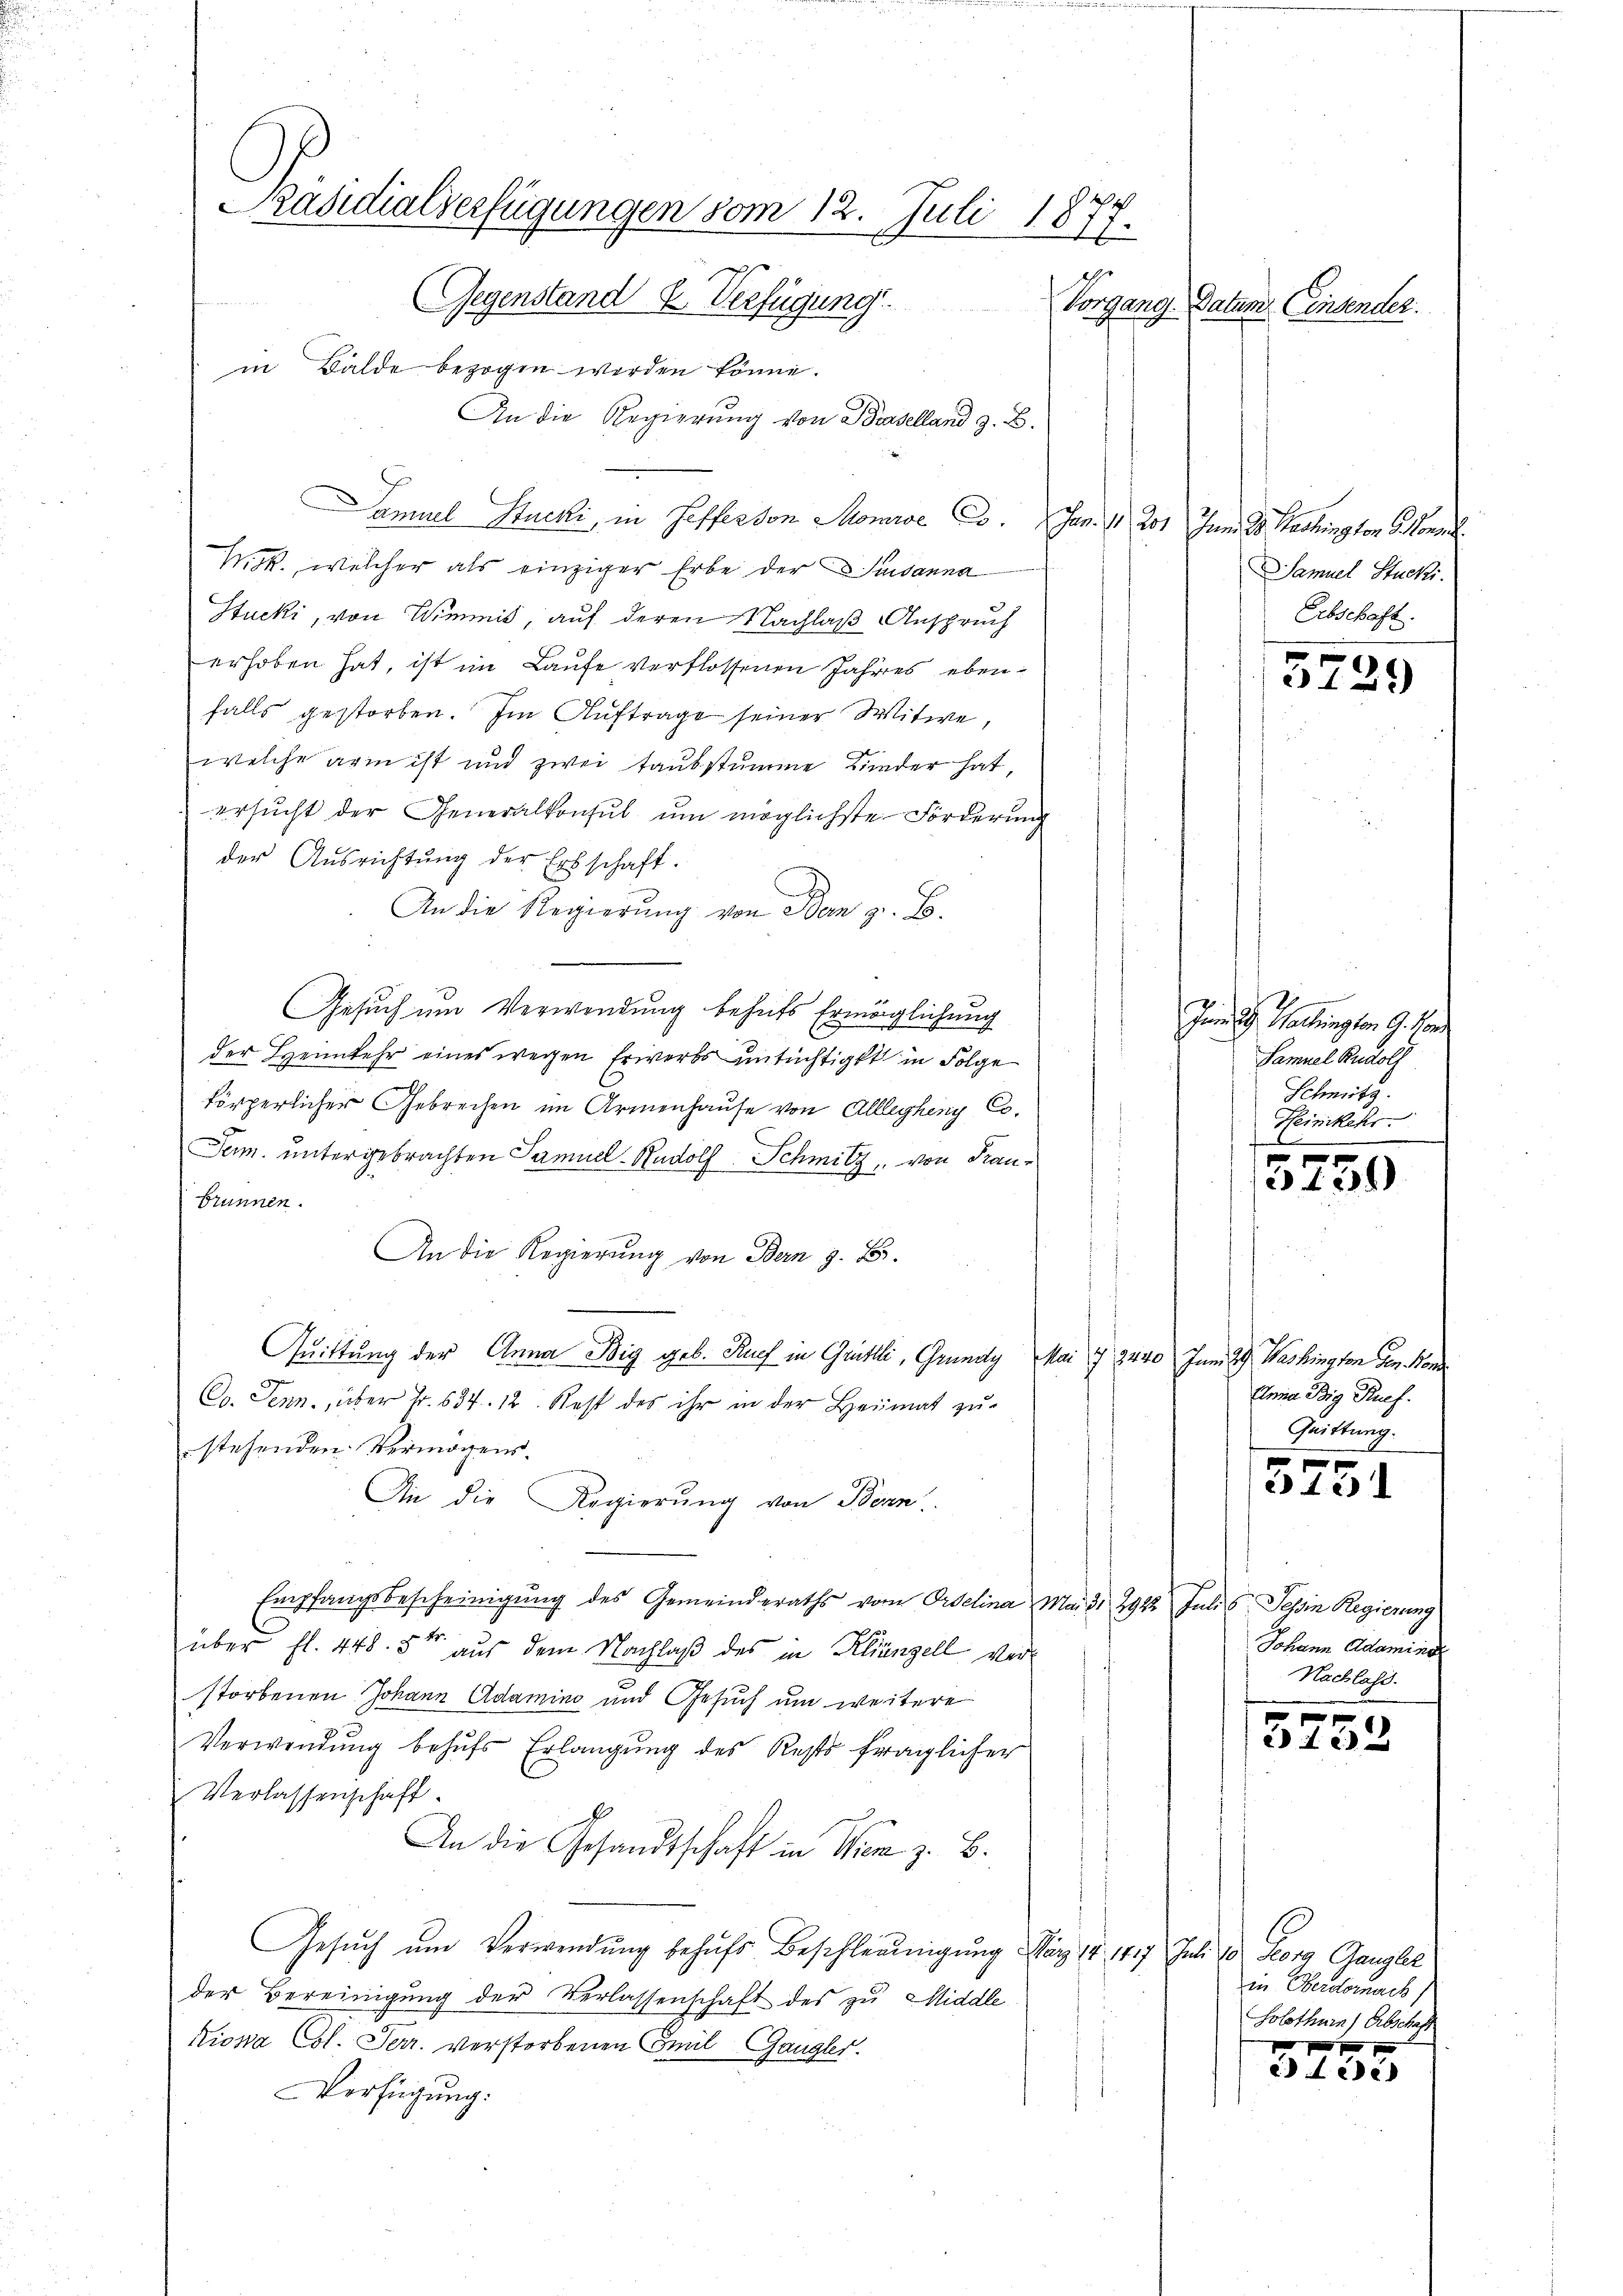
Präsidialverfügungen vom 12. Juli 1877.
Gegenstand u. Verfügung
Vorgang Datum. Einsender
in Balde bezogen werden könne.

An die Regierung von Baselland z. B.
Samuel Stucki, in Hefferson Momroc Co. Jan. 1 201 Juni 28. Machington 6 Mon
Nick., welcher als einziger Erbe der Susanna
Stucki, von Wimmis, auf deren Nachlaß Anspruch
erhoben hat, ist im Laufe verflossenen Jahres ebenfalls gestorben. Im Auftrage seiner Witwe,
welche arm ist und zwei taubstumme Kinder hat,
ersŭcht der Generalkonsul ŭm möglichste Forderung
der Ausrichtung der Erbschaft.
An die Regierŭng von Bern z. B.
Gesuch um Verwendung behufs Ermöglichung
der Heimkehr eines wegen Erwerbs untüchtigkt in Folge
körperlicher Gebrechen im Armenhause von Alllegheny Co¬
Jerm. untergebrachten Samuel Rudolf Schmitz, von Fran¬
Brunnen.
An die Regierung von Bern z. B.
Quittung der Anna Big geb. Ruef in Grütli, Grundy, Mai 7 3440 Juni 29. Washington den Fond
Co. Jenn., über Fr. 634. 12. Rest des ihr in der Heimat zu-
stehenden Vermögens.
An die Regierung von Bern.
Empfangsbescheinigung des Gemeinderaths vom Ordelina Mai d. 294. Julis Tessin Regierung
über fl. 448. 5ten aus dem Nachlaß des in Klienzell verstorbenen Johann Adamino und Gesuch um weitere
Verwendung behŭfs Erlangung des Rests fraglicher
Verlassenschaft.
An die Gesandtschaft in Wien z. B.
Gesuch um Verwendung behufs Beschleunigung März 18. 1417. Jul. 10 Georg Gangler
der Bereinigung der Verlassenschaft des zu Middle
Kiosa Col. Ferr. verstorbenen Emil Gangler.
VVerfügung:

Samuel Stucki.
Erbschaft.

5729

Ien 9. Mairingten 9. an
Samuel Rudolf
Schmitz
Heinikehr.

0 f 0 x
i 1291)

Anna Big Pref.
Quittung.

f 0 x
2 40

Johann Adamine
Nachlass.
x

42 x

in Bertornach
Solothurn, Abschaft

ad d ede